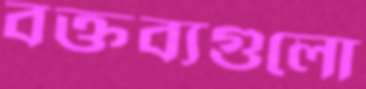
বক্তব্যগুলো